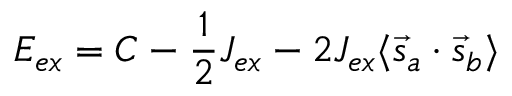
E _ { e x } = C - { \frac { 1 } { 2 } } J _ { e x } - 2 J _ { e x } \langle { \vec { s } } _ { a } \cdot { \vec { s } } _ { b } \rangle